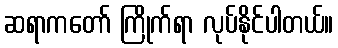
ဆရာကတော် ကြိုက်ရာ လုပ်နိုင်ပါတယ်။